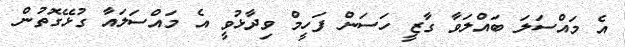
އެ މައްސަލަ ބައްލަވާ ގާޒީ ހަސަން ފަހީމް ވިދާޅުވީ އެ މައްސަލައާ ގުޅޭގޮތުން